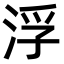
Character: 浮